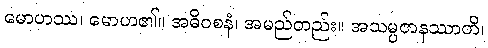
မောဟဿ၊ မောဟ၏။ အဓိဝစနံ၊ အမည်တည်း။ အသမ္ပဇာနဿာတိ၊